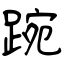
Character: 踠